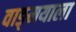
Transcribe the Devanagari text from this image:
वाङ्‌मयाला